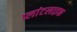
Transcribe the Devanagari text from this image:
प्लांटलाइफ